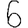
Digit: 6